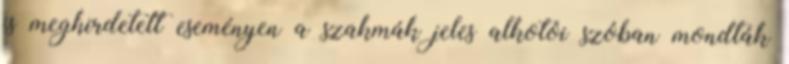
is meghirdetett eseményen a szakmák jeles alkotói szóban mondták